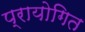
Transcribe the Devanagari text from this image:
प्रायोगित